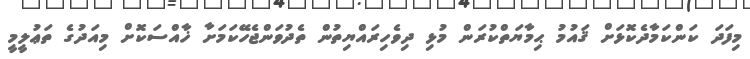
މިފަދަ ކަންކަމާދެކޮޅަށް ޤައުމު ޙިމާޔަތްކުރަން މުޅި ދިވެހިރައްޔިތުން ތެދުވަންޖެހޭކަމަށާ ޚާއްސަކޮށް މިއަދުގެ ތަޢުލީމީ